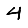
Digit: 4